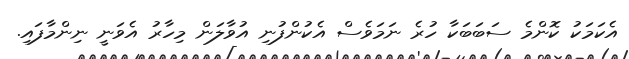
އެކަމަކު ކޮންމެ ސަބަބަކާ ހުރެ ނަމަވެސް އެކުންފުނި އުވާލަން މިހާރު އެވަނީ ނިންމާފައި.